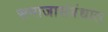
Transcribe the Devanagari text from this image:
समाजासंबंधात